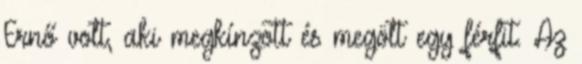
Ernő volt, aki megkínzott és megölt egy férfit. Az